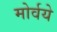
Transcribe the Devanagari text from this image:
मोर्वये